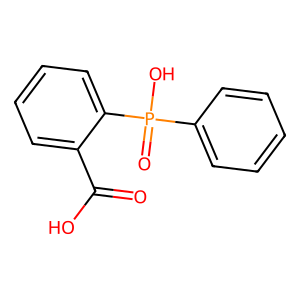
SMILES: O=C(O)c1ccccc1P(=O)(O)c1ccccc1
Inhibits HIV replication: No